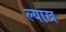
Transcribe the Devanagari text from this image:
ल्याख